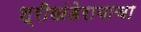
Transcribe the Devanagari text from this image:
श्रीखंडेरायाचा